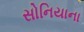
સોનિયાના